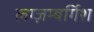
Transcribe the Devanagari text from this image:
लग्ज़म्बर्गिश